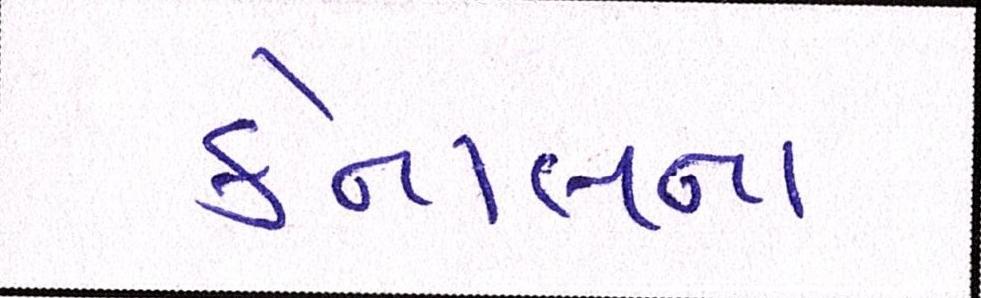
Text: કેનાલના